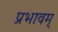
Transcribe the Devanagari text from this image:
प्रभावम्